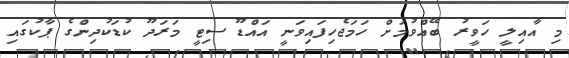
މި އާއިލީ ހަވީރު ބޭއްވުމަށް ހަމަޖެހިފައިވަނީ އައްޑޫ ސިޓީ މަރަދޫ ކުޑަކުދިންގެ ޕާކުގައި